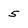
Character: 5